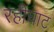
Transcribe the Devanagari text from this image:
रहीघाट